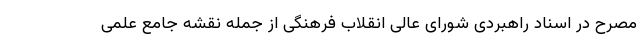
مصرح در اسناد راهبردی شورای عالی انقلاب فرهنگی از جمله نقشه جامع علمی